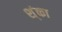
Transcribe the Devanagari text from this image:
श्ंका